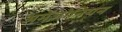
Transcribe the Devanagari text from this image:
अमेंज़ोनियन